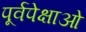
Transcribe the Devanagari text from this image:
पूर्वपेक्षाओं